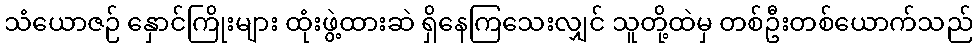
သံယောဇဉ် နှောင်ကြိုးများ ထုံးဖွဲ့ထားဆဲ ရှိနေကြသေးလျှင် သူတို့ထဲမှ တစ်ဦးတစ်ယောက်သည်